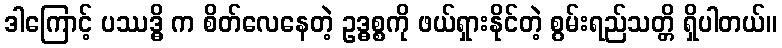
ဒါကြောင့် ပဿဒ္ဓိ က စိတ်လေနေတဲ့ ဥဒ္ဓစ္စကို ဖယ်ရှားနိုင်တဲ့ စွမ်းရည်သတ္တိ ရှိပါတယ်။